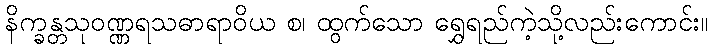
နိက္ခန္တသုဝဏ္ဏရသဓာရာဝိယ စ၊ ထွက်သော ရွှေရည်ကဲ့သို့လည်းကောင်း။